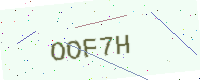
Text: OOF7H